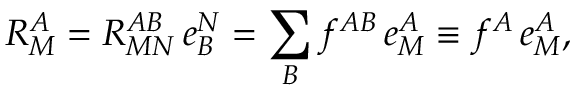
R _ { M } ^ { A } = R _ { M N } ^ { A B } \, e _ { B } ^ { N } = \sum _ { B } f ^ { A B } \, e _ { M } ^ { A } \equiv f ^ { A } \, e _ { M } ^ { A } ,